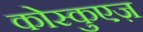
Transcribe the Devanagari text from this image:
कोस्कुएज़